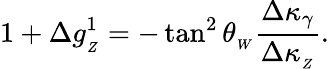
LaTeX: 1+\Delta g_{_Z}^{1}=-\tan^{2}\theta_{_W}\frac{\Delta\kappa_{\gamma}}{\Delta\kappa_{_Z}}.